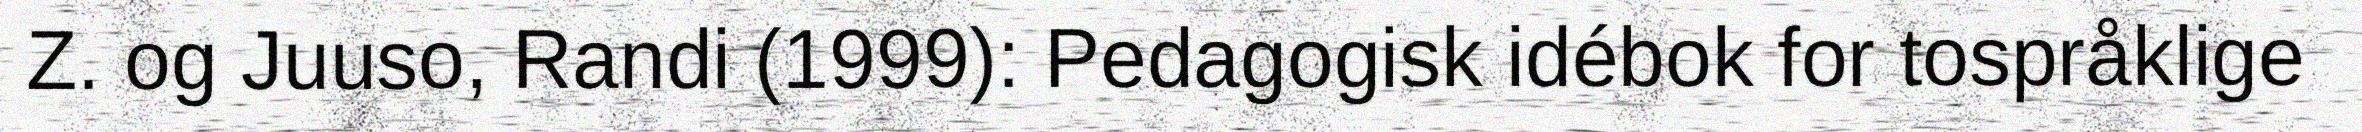
Z. og Juuso, Randi (1999): Pedagogisk idébok for tospråklige